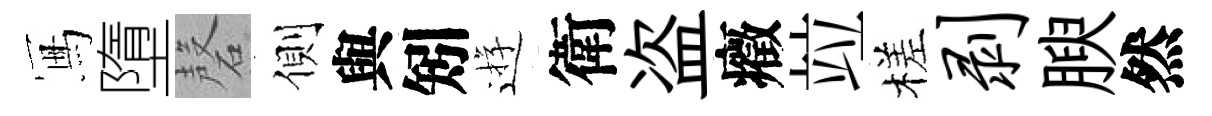
冩墮磬側與矧逰衛盗癥竝槎剥腴然